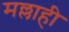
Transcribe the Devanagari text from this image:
मल्लाही